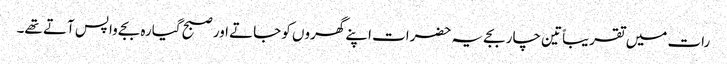
رات میں تقریباً تین چار بجے یہ حضرات اپنے گھروں کو جاتے اور صبح گیارہ بجے واپس آتے تھے۔